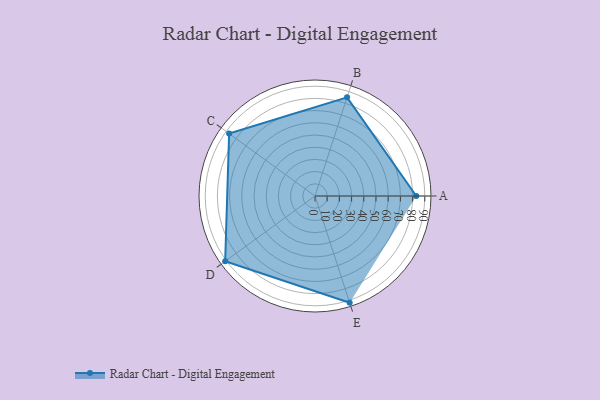
{"axis": {"x": "Skill", "y": "Score"}, "legend": ["Profile"], "data": [{"x": "A", "y": 83.0, "type": "Profile"}, {"x": "B", "y": 85.0, "type": "Profile"}, {"x": "C", "y": 87.0, "type": "Profile"}, {"x": "D", "y": 91.0, "type": "Profile"}, {"x": "E", "y": 92.0, "type": "Profile"}]}